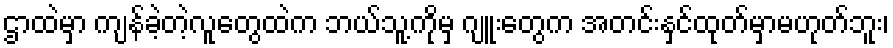
ဌာထဲမှာ ကျန်ခဲ့တဲ့လူတွေထဲက ဘယ်သူ့ကိုမှ ဂျူးတွေက အတင်းနှင်ထုတ်မှာမဟုတ်ဘူး၊